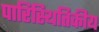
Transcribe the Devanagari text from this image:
पारिस्‍थितिकीय